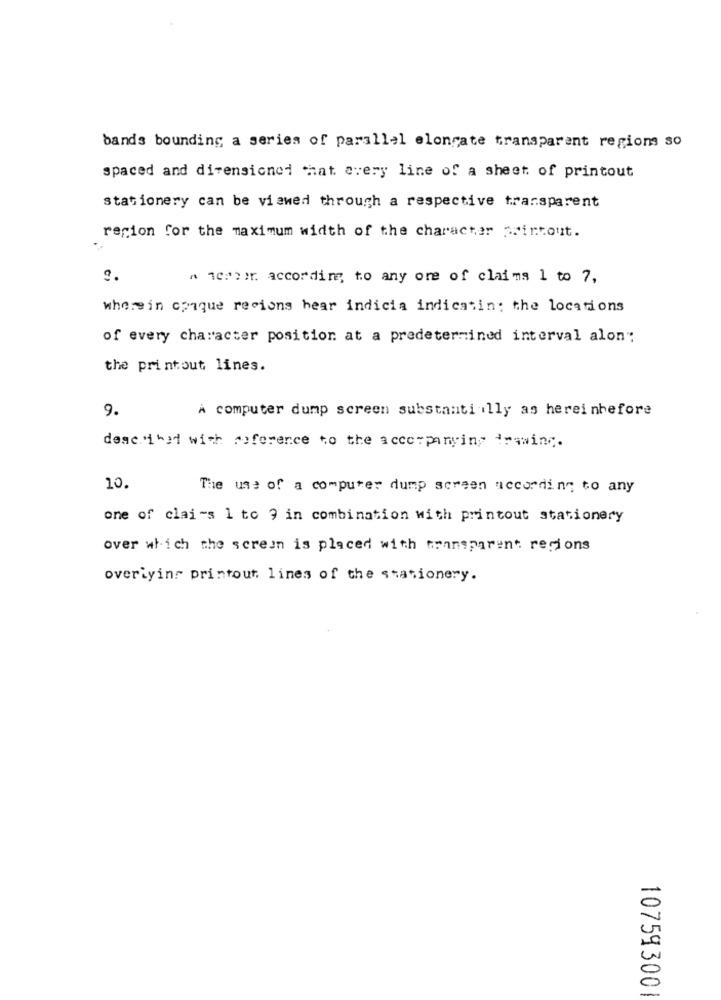
bands bounding a series of parallel elongate transparent regions so
spaced and dimensioned chat every line of a sheet of printout
stationery can be viewed through a respective transparent
region for the maximum width of the character printout.
A "Chci. according to any ore of claims 1 to 7,
wherein coqque recions hear indicia indicatin: the locations
of every character position at a predetermined interval alon:
the printout lines.
9.
À computer dump screen substanti illy as hereinbefore
described with reference to the accompanying drawing.
10.
The use of a computer dump screen according to any
one of clai-s 1 to 9 in combination with printout stationery
over which the screen is placed with transparent regions
overiyinr printout lines of the stationery.
107593001